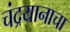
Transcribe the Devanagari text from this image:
चंद्रयानाचा